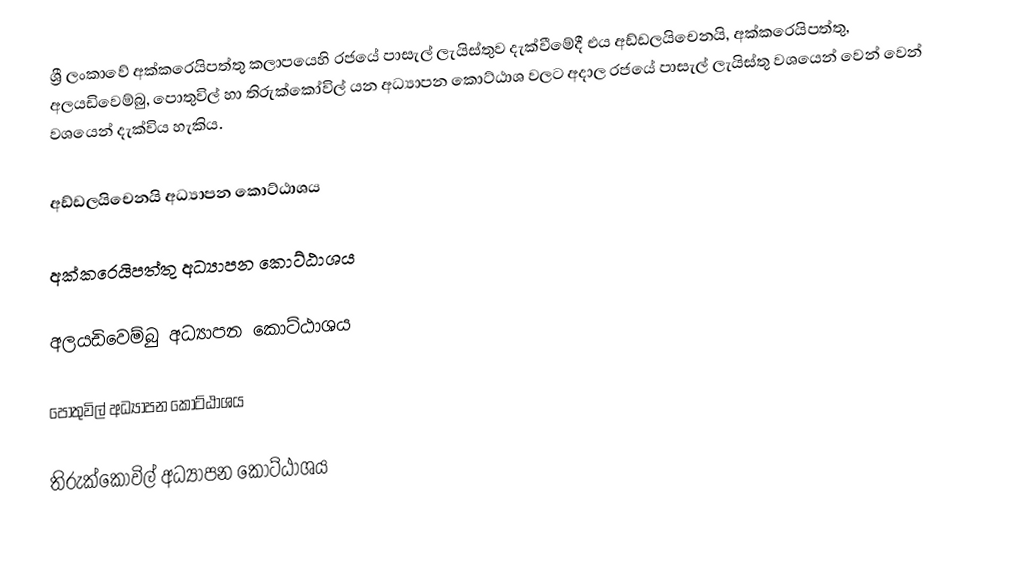
ශ්‍රී ලංකාවේ අක්කරෙයිපත්තු කලාපයෙහි රජයේ පාසැල් ලැයිස්තුව  දැක්වීමේදී  එය අඩ්ඩලයිචෙනයි, අක්කරෙයිපත්තු, අලයඩිවෙම්බු, පොතුවිල් හා තිරුක්කෝවිල්  යන අධ්‍යාපන කොට්ඨාශ වලට අදාල රජයේ පාසැල් ලැයිස්තු වශයෙන් වෙන් වෙන් වශයෙන් දැක්විය හැකිය.

අඩ්ඩලයිචෙනයි අධ්‍යාපන කොට්ඨාශය

අක්කරෙයිපත්තු අධ්‍යාපන කොට්ඨාශය

අලයඩිවෙම්බු අධ්‍යාපන කොට්ඨාශය

පොතුවිල් අධ්‍යාපන කොට්ඨාශය

තිරුක්කෝවිල් අධ්‍යාපන කොට්ඨාශය